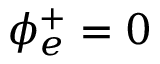
\phi _ { e } ^ { + } = 0